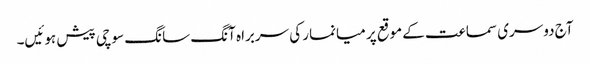
آج دوسری سماعت کے موقع پر میانمار کی سربراہ آنگ سانگ سوچی پیش ہوئیں۔